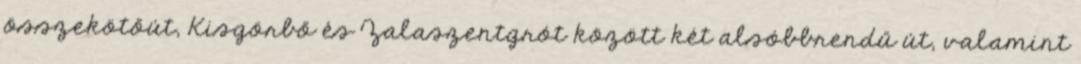
összekötőút, Kisgörbő és Zalaszentgrót között két alsóbbrendű út, valamint